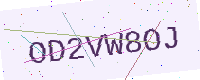
Text: OD2VW8OJ